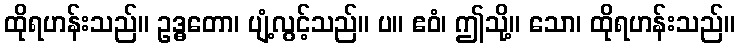
ထိုရဟန်းသည်။ ဥဒ္ဓတော၊ ပျံ့လွင့်သည်။ ပ။ ဧဝံ၊ ဤသို့။ သော၊ ထိုရဟန်းသည်။